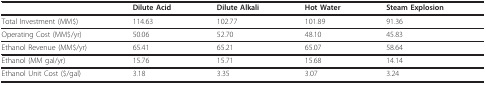
<table><thead><tr><td></td><td><b>Dilute Acid</b></td><td><b>Dilute Alkali</b></td><td><b>Hot Water</b></td><td><b>Steam Explosion</b></td></tr></thead><tbody><tr><td>Total Investment (MM$)</td><td>114.63</td><td>102.77</td><td>101.89</td><td>91.36</td></tr><tr><td>Operating Cost (MM$/yr)</td><td>50.06</td><td>52.70</td><td>48.10</td><td>45.83</td></tr><tr><td>Ethanol Revenue (MM$/yr)</td><td>65.41</td><td>65.21</td><td>65.07</td><td>58.64</td></tr><tr><td>Ethanol (MM gal/yr)</td><td>15.76</td><td>15.71</td><td>15.68</td><td>14.14</td></tr><tr><td>Ethanol Unit Cost ($/gal)</td><td>3.18</td><td>3.35</td><td>3.07</td><td>3.24</td></tr></tbody></table>